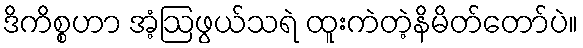
ဒိကိစ္စဟာ အံ့ဩဖွယ်သရဲ ထူးကဲတဲ့နိမိတ်တော်ပဲ။